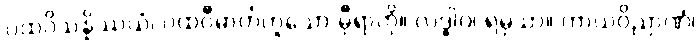
ပထဝိသန္နိဿယံ၊ ပထဝီဓာတ်ဟူသော မှီရာကို။ လဒ္ဓါဝ၊ ရမှသာ။ ကာယဝိညာဏံ၊